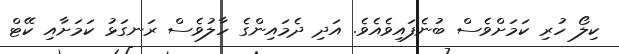
ކިލޯ ހުރި ކަމަށްވެސް ބުނެފައިވެއެވެ. އަދި ދެމައިންގެ ހާލުވެސް ރަނގަޅު ކަމަށާއި ކޭޓް